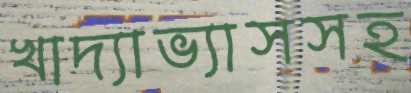
খাদ্যাভ্যাসসহ